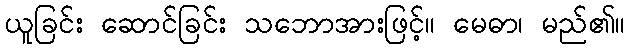
ယူခြင်း ဆောင်ခြင်း သဘောအားဖြင့်။ မေဓာ၊ မည်၏။